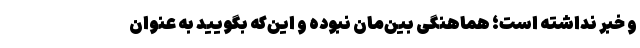
و خبر نداشته است؛ هماهنگی بین‌مان نبوده و این‌که بگویید به عنوان